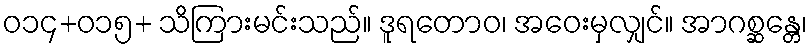
ဝ၁၄+ဝ၁၅+ သိကြားမင်းသည်။ ဒူရတောဝ၊ အဝေးမှလျှင်။ အာဂစ္ဆန္တေ၊